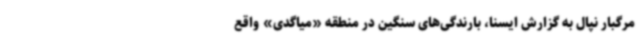
مرگبار نپال به گزارش ایسنا، بارندگی‌های سنگین در منطقه «میاگدی» واقع